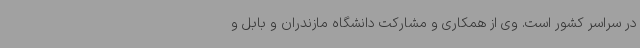
در سراسر کشور است. وی از همکاری و مشارکت دانشگاه مازندران و بابل و